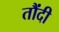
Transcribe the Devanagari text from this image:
तौंदी